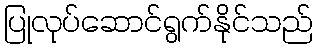
ပြုလုပ်ဆောင်ရွက်နိုင်သည်